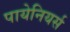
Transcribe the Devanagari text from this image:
पायेनियर्स